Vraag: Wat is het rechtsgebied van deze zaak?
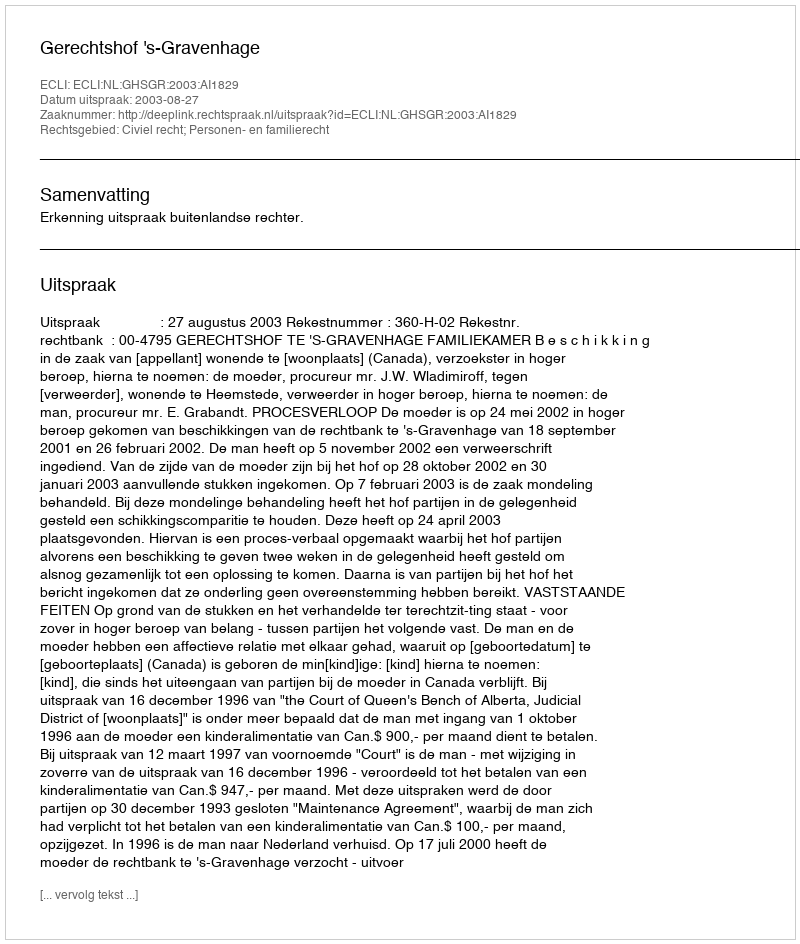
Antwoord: Civiel recht; Personen- en familierecht